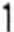
1